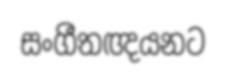
සංගීතඥයනට